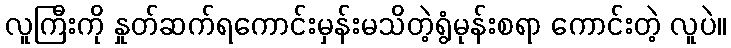
လူကြီးကို နှုတ်ဆက်ရကောင်းမှန်းမသိတဲ့ရွံမုန်းစရာ ကောင်းတဲ့ လူပဲ။